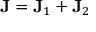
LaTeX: \mathbf { J } = \mathbf { J } _ { 1 } + \mathbf { J } _ { 2 } \,